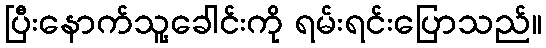
ပြီးနောက်သူ့ခေါင်းကို ရမ်းရင်းပြောသည်။